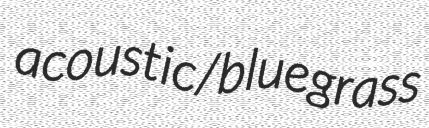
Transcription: acoustic/bluegrass